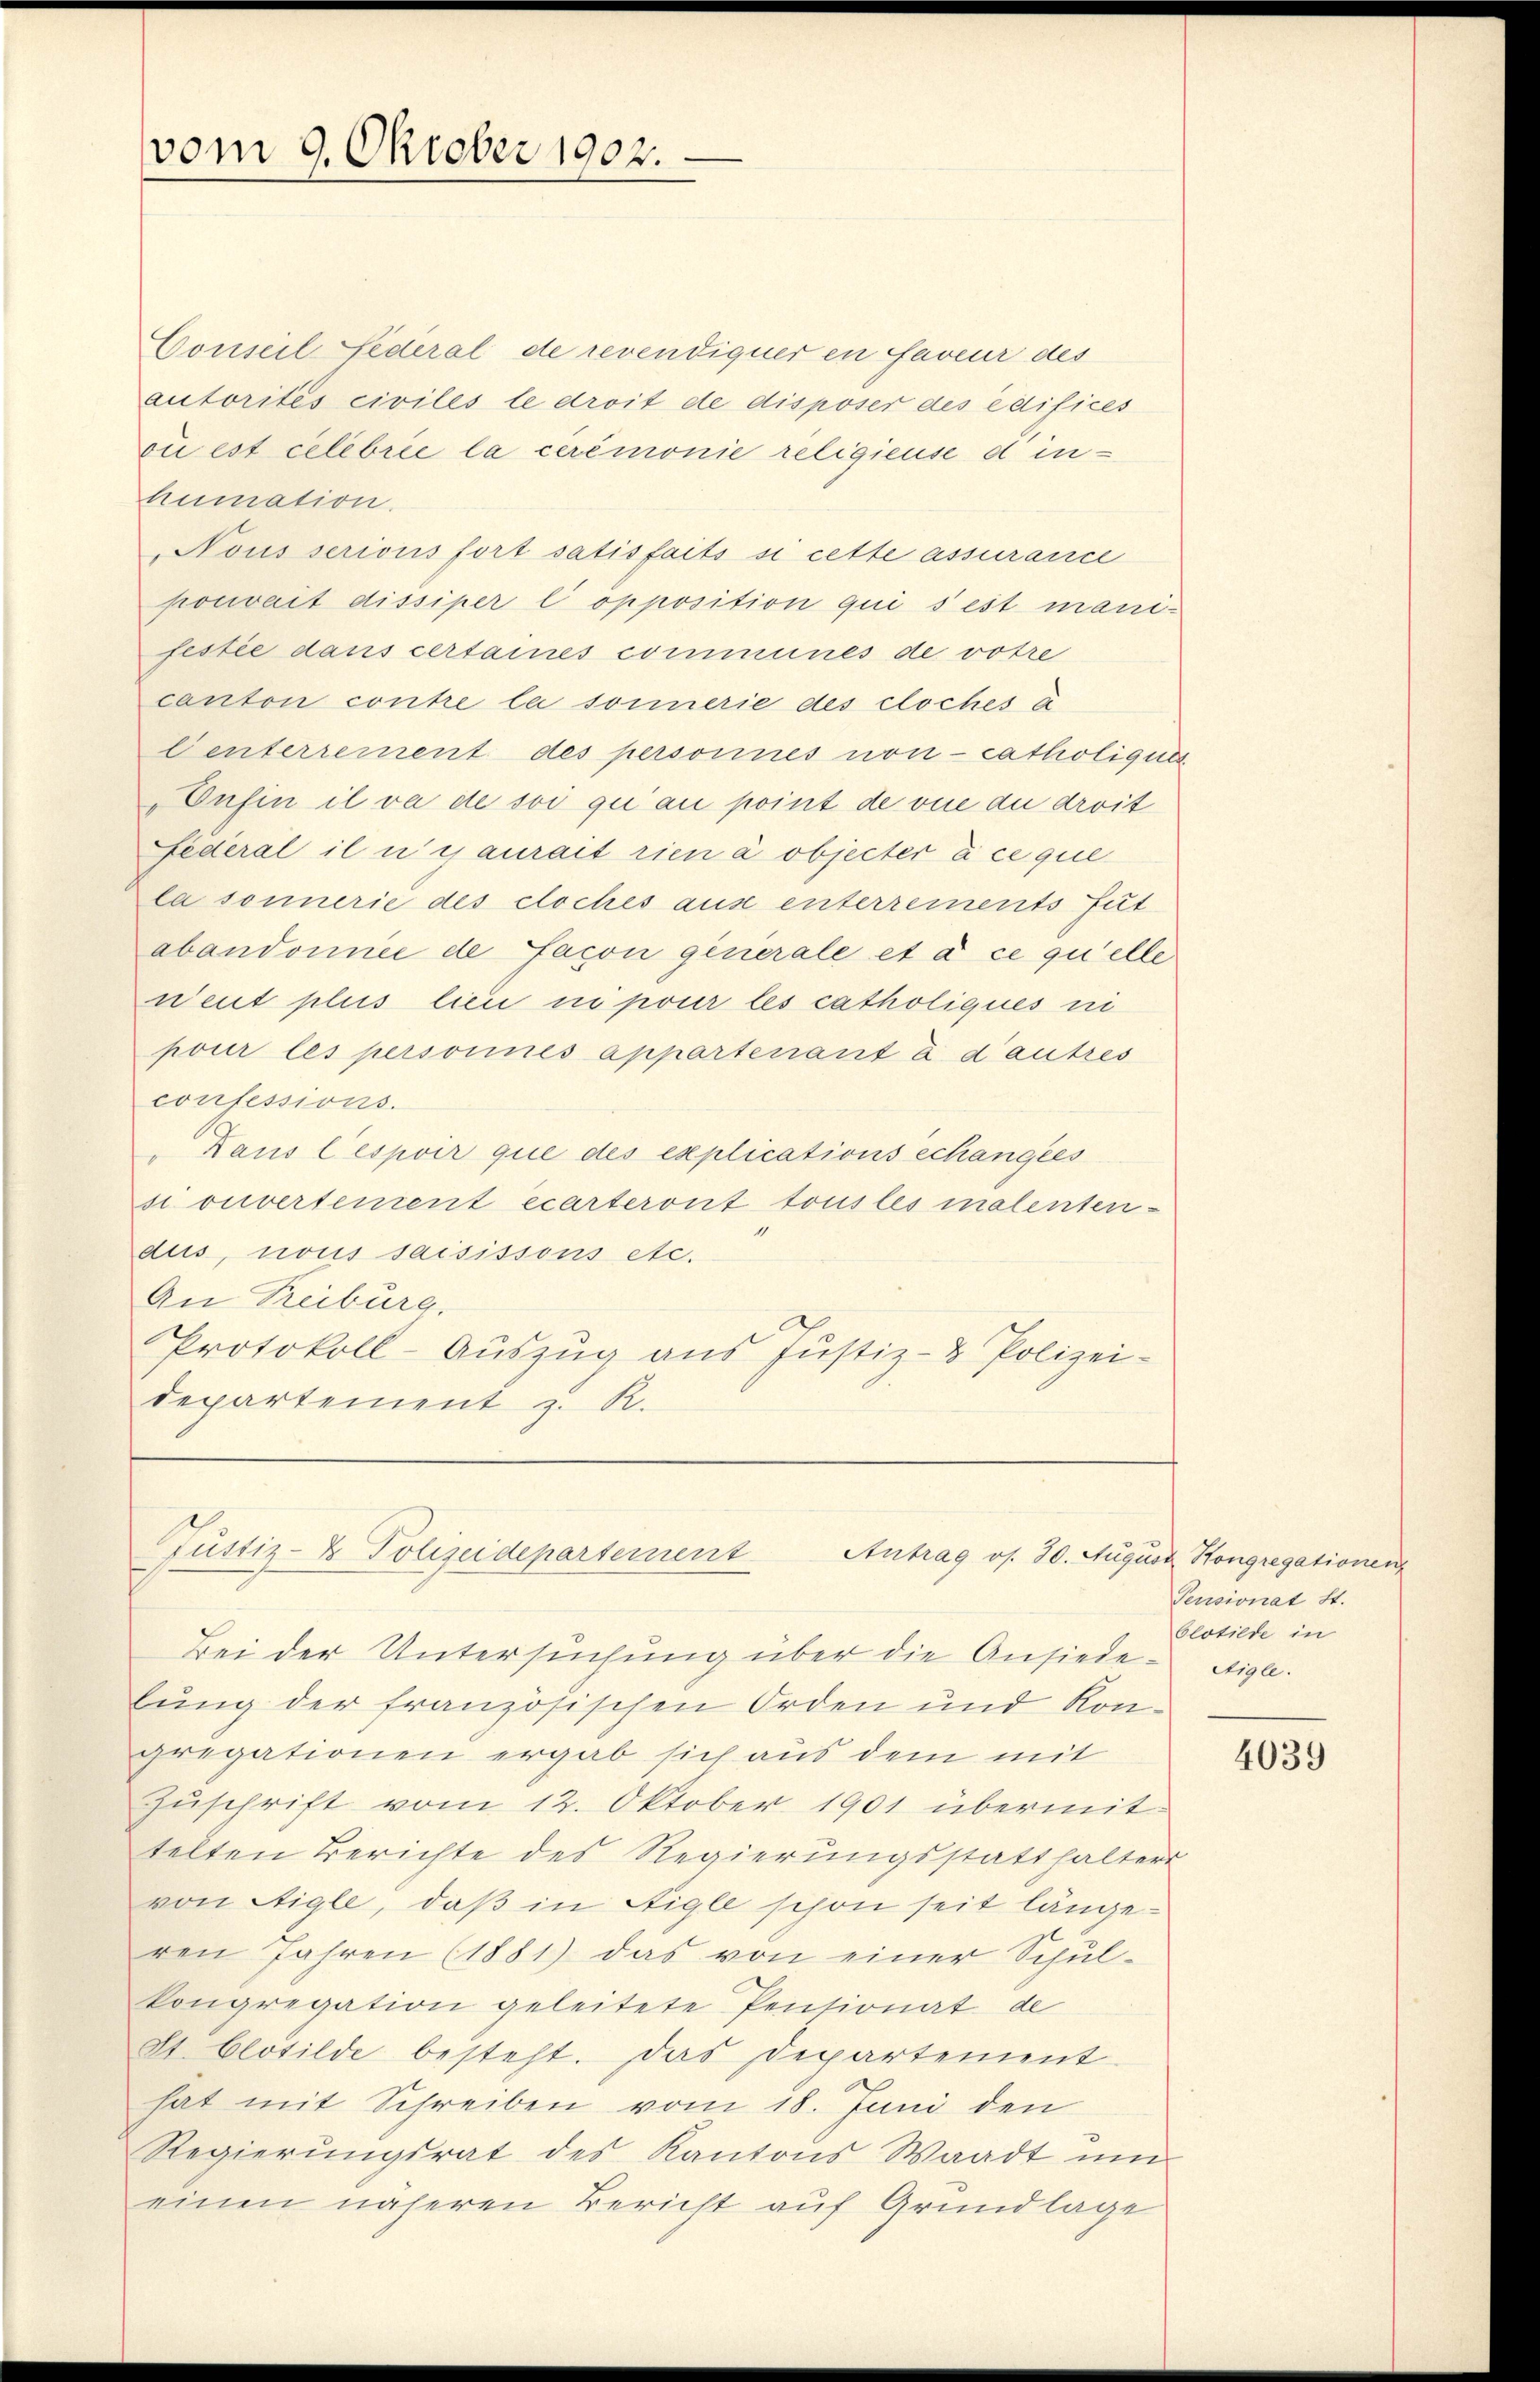
vom 9. Oktober 1902.

Conseil Federal de revendiquer en faveur des
autorités civiles le droit de disposer des édifices
oi est celebrie la ceremonie religieuse d inhumation.
Nousserions fort satisfaits si cette assurance
pouvait dissiper l’opposition qui s’est manifestie dans certaines communes de votre
canton contre la sonnerie des cloches a
Centerrement des personnes non catholiques
Enfin il va de soi qui au point de vue du droit
Federal il u es aurait rien à objecter à ce que
la sonnerie des cloches aus enterrements fut
abandonnée de Jacon generale et à ce quelle
weut plus lieu in pour les catholiques ni
pour les personnes appartenant a d’autres
confessions.
 Haus lespoir que des explications échangies
si ouvertement écarteront tous les malentenaus, nous saisissons etc.
An Reiburg.
Protokoll-Auszug aus Justiz- & Polizei-
departement z. R.

Justiz- & Polizeideparternent
Antrag os. 30. August Kongregationen
Bei der Untersuchung über die Ansiede-Sigl.

lung der französischen Orden und Kongregationen ergab sich aus dem mit
Zuschrift vom 12. Oktober 1901 übermittelten Berichte des Regierungsstatthalter
von Aigle, daß in Aigle schon seit längeren Jahren (1881) das von einer Schŭl-
kongregation geleitete Pensionat de
St. Clotilde besteht. Das Departement
hat mit Schreiben vom 18. Juni den
Regierungsrat des Kantons Waadt um
einen näheren Bericht auf Grundlage

Pensionat St.
blotilde in

4039